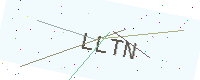
Text: LLTN